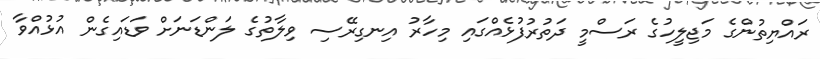
ރައްޔިތުންގެ މަޖިލީހުގެ ރަސްމީ ދަތުރުފުޅެއްގައި މިހާރު އިނގިރޭސި ވިލާތުގެ ލަންޑަނަށް ވަޑައިގެން އުޅުއްވާ